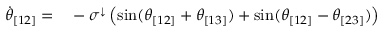
\begin{array} { r l } { \Dot { \theta } _ { [ 1 2 ] } = } & { { } - \sigma ^ { \downarrow } \left( \sin ( \theta _ { [ 1 2 ] } + \theta _ { [ 1 3 ] } ) + \sin ( \theta _ { [ 1 2 ] } - \theta _ { [ 2 3 ] } ) \right) } \end{array}